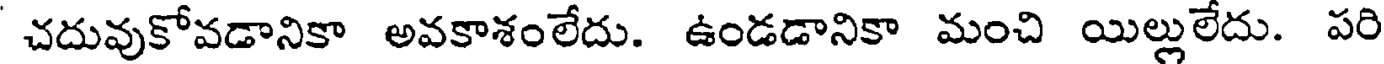
చదువుకోవడానికా అవకాశంలేదు. ఉండడానికా మంచి యిల్లులేదు. పరి